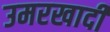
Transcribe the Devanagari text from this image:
उमरखादी